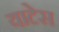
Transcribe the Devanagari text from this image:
याटेस